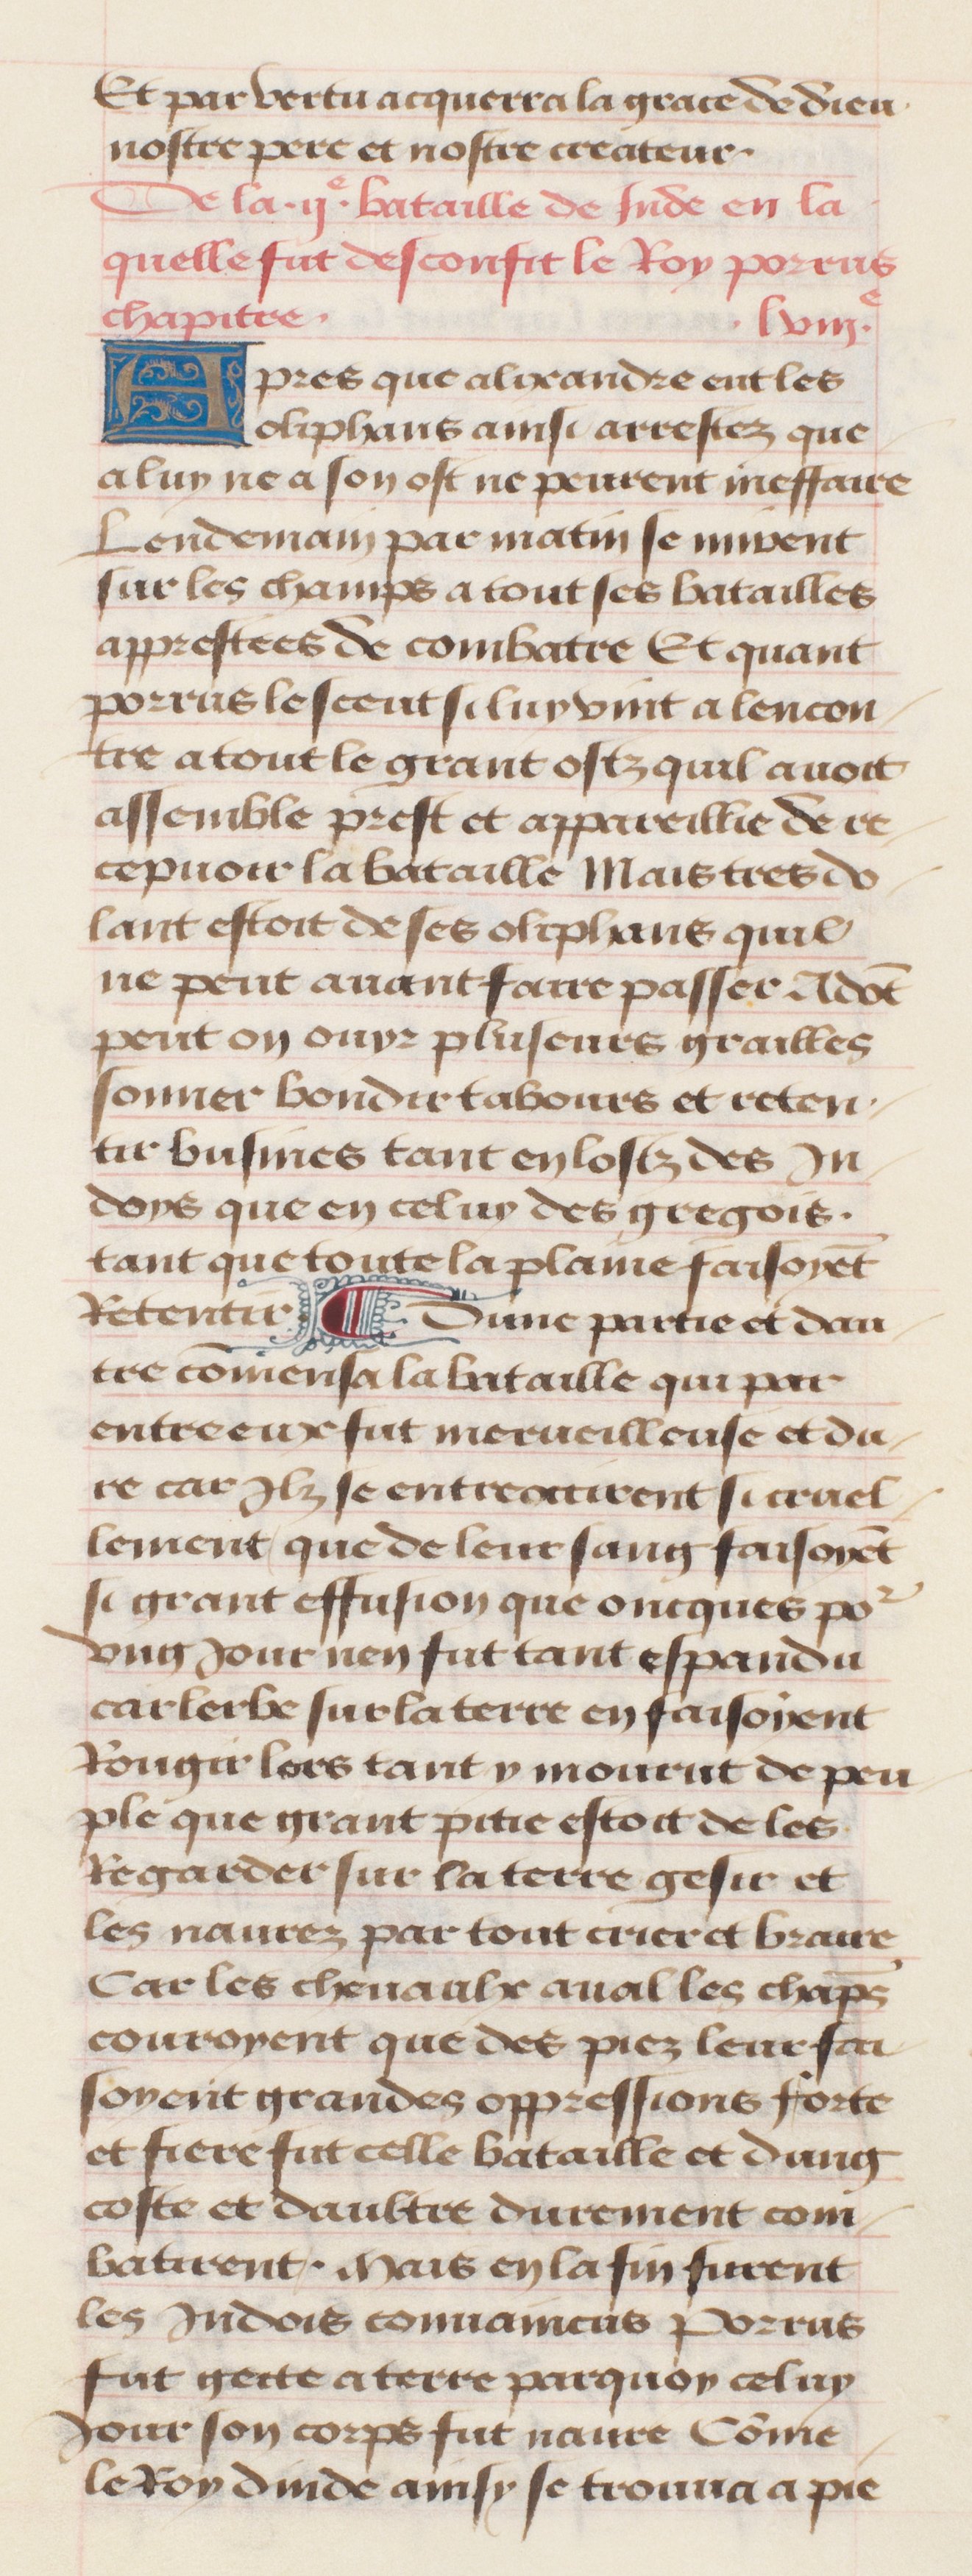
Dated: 1457–1482